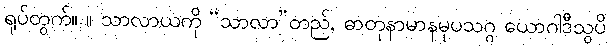
ရုပ်တွက်။ ။ သာလာယကို “သာလာ”တည်, ဓာတုနာမာနမုပသဂ္ဂ ယောဂါဒီသွပိ